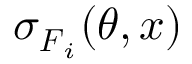
\sigma _ { \boldsymbol { F } _ { i } } ( \boldsymbol { \theta } , \boldsymbol { x } )